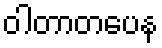
ဝါတာတပေန